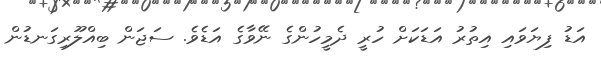
އަޑު ފިޔަވައި އިތުރު އަޑަކަށް ހުރީ ދެމީހުންގެ ނޭވާގެ އަޑެވެ. ސަޖަން ބިއްލޫރިގަނޑުން